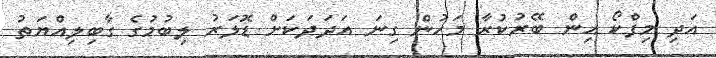
އަދި މިފްކޯ އިން ބޭރުކުރާ މަހުން ގިނަ އަދަދަކަށް ޑޮލަރު ލިބުމުގެ ގާބިލިއްޔަތު